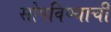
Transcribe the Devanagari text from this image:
सोपविण्याची